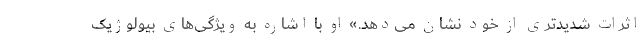
اثرات شدیدتری از خود نشان می‌دهد.» او با اشاره به ویژگی‌های بیولوژیک